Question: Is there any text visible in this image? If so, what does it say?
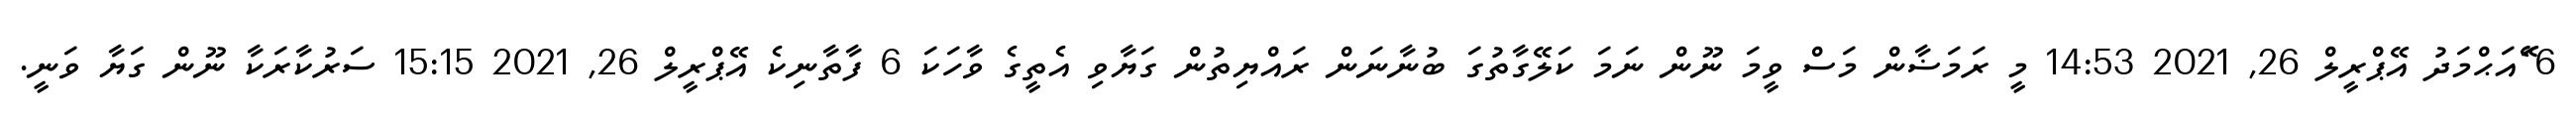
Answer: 6 ޭައަޙްމަދު އޭޕްރީލް 26, 2021 14:53 މީ ރަމަޟާން މަސް ވީމަ ނޫން ނަމަ ކަލޭގާތުގަ ބުނާނަން ރައްޔިތުން ގަޔާވި އެތީގެ ވާހަކަ 6 ފާތާނިކެ އޭޕްރީލް 26, 2021 15:15 ސަރުކާރަކާ ނޫން ގަޔާ ވަނީ.